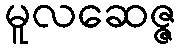
မူလဆေဇ္ဇ